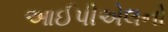
આઈપીએલનો